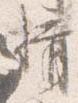
揖